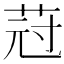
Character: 𦯿